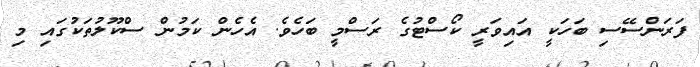
ފަރަންސޭސި ބަހަކީ އައިވަރީ ކޯސްޓުގެ ރަސްމީ ބަހެވެ. އެހެން ކަމުން ސްކޫލުތަކުގައި މި